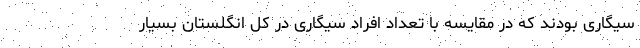
سیگاری بودند که در مقایسه با تعداد افراد سیگاری در کل انگلستان بسیار